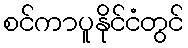
စင်ကာပူနိုင်ငံတွင်